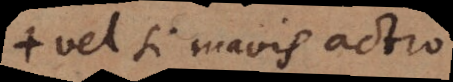
vel si mavis actio